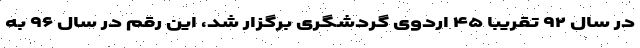
در سال ۹۲ تقریبا ۴۵ اردوی گردشگری برگزار شد، این رقم در سال ۹۶ به